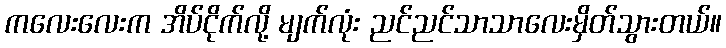
ကလေးလေးက အိပ်ငိုက်လို့ မျက်လုံး ညင်ညင်သာသာလေးမှိတ်သွားတယ်။